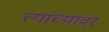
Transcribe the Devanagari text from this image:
त्यांच्यावर